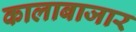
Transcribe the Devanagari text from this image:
कालाबाजार